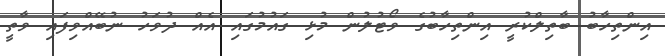
އިންތިހާބު ބާތިލްކުރީ އިންތިހާބުގެ ވޯޓުލުން މުޅި ގައުމުގައި އެއް ދުވަހު ނުބޭއްވިފައި ވާތީ